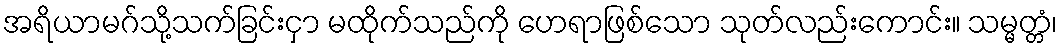
အရိယာမဂ်သို့သက်ခြင်းငှာ မထိုက်သည်ကို ဟေရာဖြစ်သော သုတ်လည်းကောင်း။ သမ္မတ္တံ၊